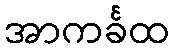
အာကင်္ခထ